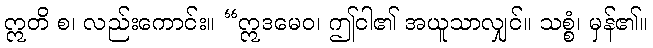
ဣတိ စ၊ လည်းကောင်း။ “ဣဒမေဝ၊ ဤငါ၏ အယူသာလျှင်။ သစ္စံ၊ မှန်၏။